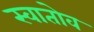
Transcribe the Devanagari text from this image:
स्वातोव